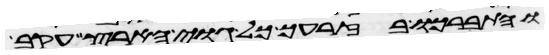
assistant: והתברכו בזרעך כל גוי הארץ עקב